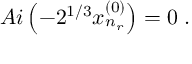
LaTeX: A i \left( - 2 ^ { 1 / 3 } x _ { n _ { r } } ^ { ( 0 ) } \right) = 0 \; .